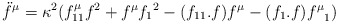
\begin{align*}\ddot{f}^{\mu}=\kappa^2(f^{\mu}_{11}f^2 + f^\mu{f_1}^2-(f_{11}.f)f^{\mu}-(f_1.f){f^\mu}_1) \end{align*}